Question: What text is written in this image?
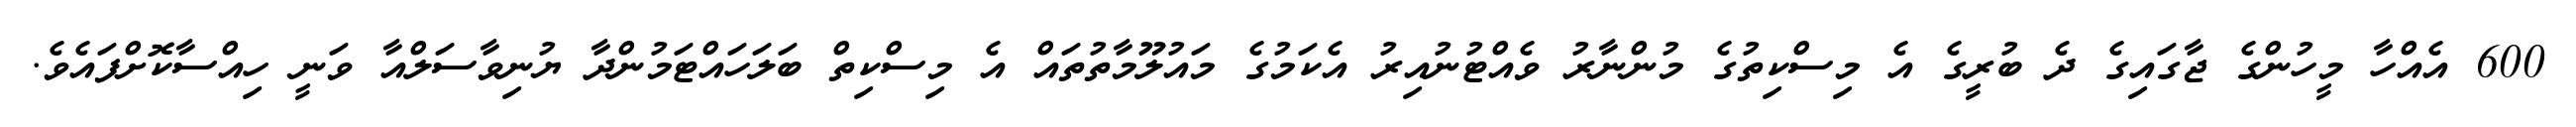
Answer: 600 އެއްހާ މީހުންގެ ޖާގައިގެ ދެ ބުރީގެ އެ މިސްކިތުގެ މުންނާރު ވެއްޓުނުއިރު އެކަމުގެ މައުލޫމާތުތައް އެ މިސްކިތް ބަލަހައްޓަމުންދާ ޔުނިވާސަލްއާ ވަނީ ހިއްސާކޮށްފައެވެ.